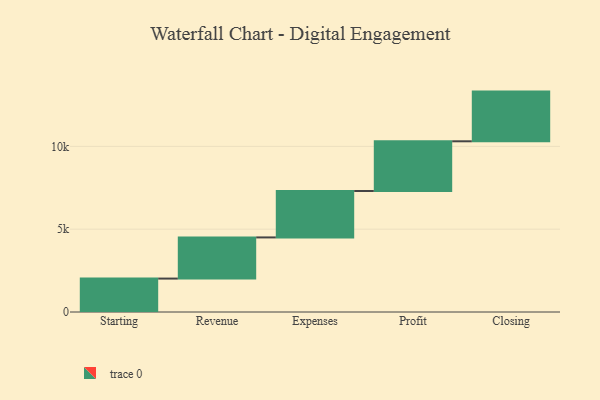
{"axis": {"x": "Step", "y": "Value"}, "legend": [""], "data": [{"x": "Starting", "y": 2018.0, "type": ""}, {"x": "Revenue", "y": 2485.0, "type": ""}, {"x": "Expenses", "y": 2804.0, "type": ""}, {"x": "Profit", "y": 3000, "type": ""}, {"x": "Closing", "y": 3000, "type": ""}]}